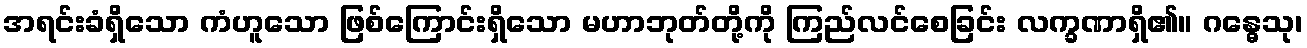
အရင်းခံရှိသော ကံဟူသော ဖြစ်ကြောင်းရှိသော မဟာဘုတ်တို့ကို ကြည်လင်စေခြင်း လက္ခဏာရှိ၏။ ဂန္ဓေသု၊